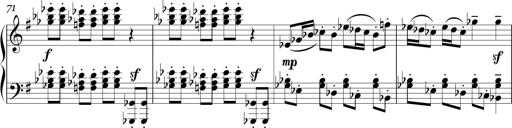
Title: Sonatina in E minor
Composer: Shuwen Zhang
Key: E minor